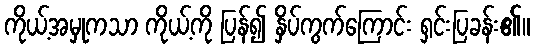
ကိုယ့်အမှုကသာ ကိုယ့်ကို ပြန်၍ နှိပ်ကွက်ကြောင်း ရှင်းပြခန်း၏။